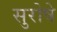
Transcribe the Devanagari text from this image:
सुरोषे